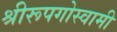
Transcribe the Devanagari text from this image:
श्रीरूपगोस्वामी